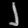
Digit: ၂